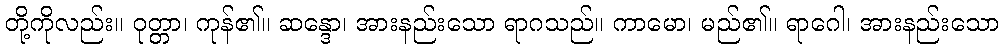
တို့ကိုလည်း။ ဝုတ္တာ၊ ကုန်၏။ ဆန္ဒော၊ အားနည်းသော ရာဂသည်။ ကာမော၊ မည်၏။ ရာဂေါ၊ အားနည်းသော